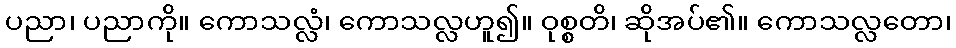
ပညာ၊ ပညာကို။ ကောသလ္လံ၊ ကောသလ္လဟူ၍။ ဝုစ္စတိ၊ ဆိုအပ်၏။ ကောသလ္လတော၊